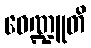
ဝေဏ္ဍူတိ